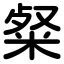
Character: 粲